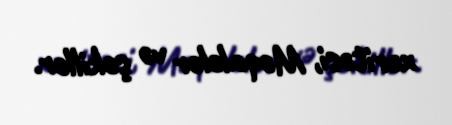
xəritəsi, Məqalələr və şəkillər.